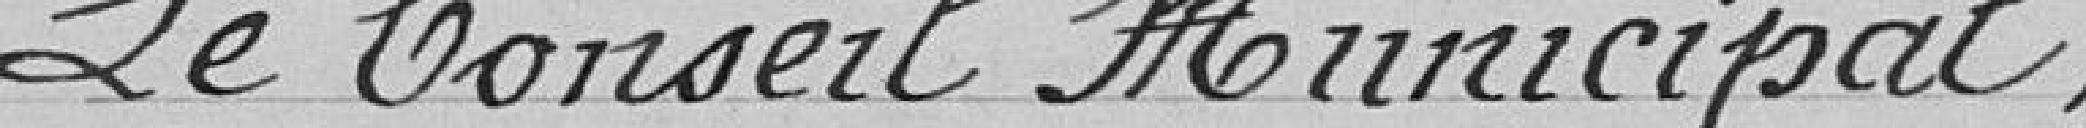
Le Conseil Municipal.